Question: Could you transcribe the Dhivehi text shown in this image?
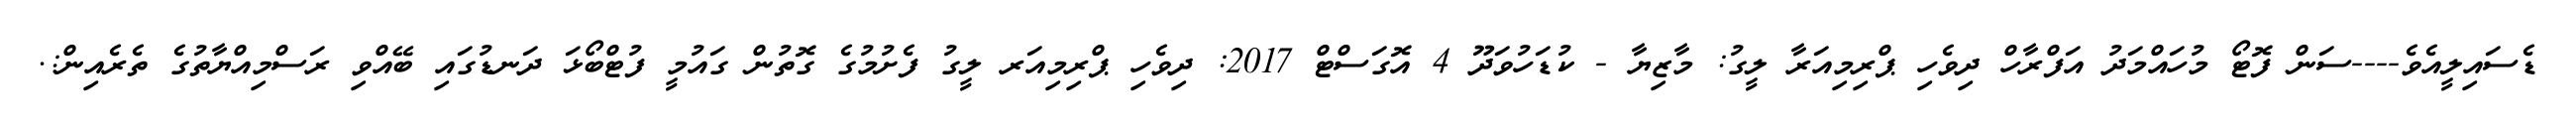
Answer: ޑެސައިލީއެވެ----ސަން ފޮޓޯ މުހައްމަދު އަފްރާހް ދިވެހި ޕްރިމިއަރާ ލީގު: މާޒިޔާ - ކުޑަހުވަދޫ 4 އޮގަސްޓް 2017: ދިވެހި ޕްރިމިއަރ ލީގު ފެށުމުގެ ގޮތުން ގައުމީ ފުޓްބޯޅަ ދަނޑުގައި ބޭއްވި ރަސްމިއްޔާތުގެ ތެރެއިން:.